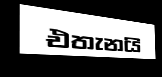
එතැනයි